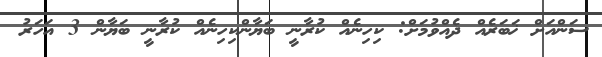
ސަންއަށް ޚަބަރެއް ދެއްވުމަށް: ކިހިނެއް ކުރާނީ ބަޔާންކިހިނެއް ކުރާނީ ބަޔާން 3 އަހަރު